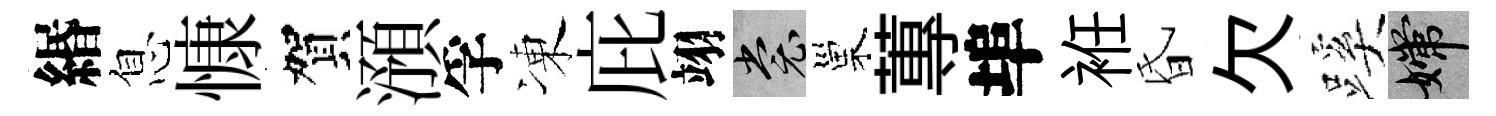
緡息慷賀澦孚凍庇翊裳巢蓴埠袵昏欠蹊嫦